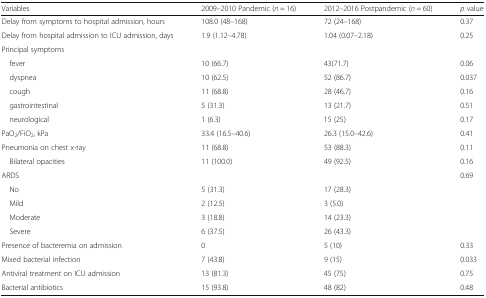
<table><thead><tr><td><b>Variables</b></td><td><b>2009–2010 Pandemic (<i>n</i> = 16)</b></td><td><b>2012–2016 Postpandemic (<i>n</i> = 60)</b></td><td><b><i>p</i> value</b></td></tr></thead><tbody><tr><td>Delay from symptoms to hospital admission, hours</td><td>108.0 (48–168)</td><td>72 (24–168)</td><td>0.37</td></tr><tr><td>Delay from hospital admission to ICU admission, days</td><td>1.9 (1.12–4.78)</td><td>1.04 (0.07–2.18)</td><td>0.25</td></tr><tr><td colspan="4">Principal symptoms</td></tr><tr><td> fever</td><td>10 (66.7)</td><td>43(71.7)</td><td>0.06</td></tr><tr><td> dyspnea</td><td>10 (62.5)</td><td>52 (86.7)</td><td>0.037</td></tr><tr><td> cough</td><td>11 (68.8)</td><td>28 (46.7)</td><td>0.16</td></tr><tr><td> gastrointestinal</td><td>5 (31.3)</td><td>13 (21.7)</td><td>0.51</td></tr><tr><td> neurological</td><td>1 (6.3)</td><td>15 (25)</td><td>0.17</td></tr><tr><td>PaO<sub>2</sub>/FiO<sub>2</sub>, kPa</td><td>33.4 (16.5–40.6)</td><td>26.3 (15.0–42.6)</td><td>0.41</td></tr><tr><td>Pneumonia on chest x-ray</td><td>11 (68.8)</td><td>53 (88.3)</td><td>0.11</td></tr><tr><td> Bilateral opacities</td><td>11 (100.0)</td><td>49 (92.5)</td><td>0.16</td></tr><tr><td>ARDS</td><td></td><td></td><td>0.69</td></tr><tr><td> No</td><td>5 (31.3)</td><td>17 (28.3)</td><td></td></tr><tr><td> Mild</td><td>2 (12.5)</td><td>3 (5.0)</td><td></td></tr><tr><td> Moderate</td><td>3 (18.8)</td><td>14 (23.3)</td><td></td></tr><tr><td> Severe</td><td>6 (37.5)</td><td>26 (43.3)</td><td></td></tr><tr><td>Presence of bacteremia on admission</td><td>0</td><td>5 (10)</td><td>0.33</td></tr><tr><td>Mixed bacterial infection</td><td>7 (43.8)</td><td>9 (15)</td><td>0.033</td></tr><tr><td>Antiviral treatment on ICU admission</td><td>13 (81.3)</td><td>45 (75)</td><td>0.75</td></tr><tr><td>Bacterial antibiotics</td><td>15 (93.8)</td><td>48 (82)</td><td>0.48</td></tr></tbody></table>